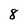
Character: 8